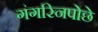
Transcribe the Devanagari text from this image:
गंगरिनपोछे